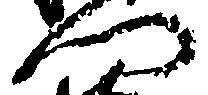
門